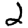
Digit: 2